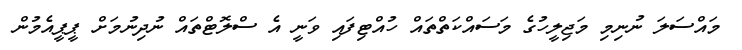
މައްސަލަ ނުނިމި މަޖިލީހުގެ މަސައްކަތްތައް ހުއްޓިފައި ވަނީ އެ ސްލޮޓްތައް ނުދިނުމަށް ޕީޕީއެމުން